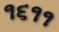
૧૬૧૧